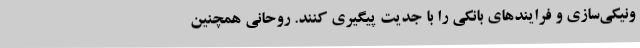
ونیکی‌سازی و فرایندهای بانکی را با جدیت پیگیری کنند. روحانی همچنین